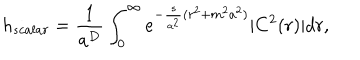
LaTeX: h _ { s c a l a r } = \frac { 1 } { a ^ { D } } \int _ { 0 } ^ { \infty } e ^ { - \frac { s } { a ^ { 2 } } ( r ^ { 2 } + m ^ { 2 } a ^ { 2 } ) } | C ^ { 2 } ( r ) | d r ,